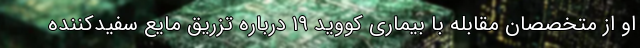
او از متخصصان مقابله با بیماری کووید ۱۹ درباره تزریق مایع سفیدکننده